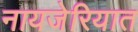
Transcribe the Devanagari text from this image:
नायजेरियात